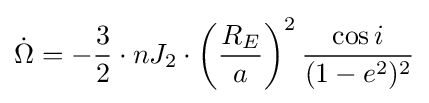
{\dot {\Omega }}=-{\frac {3}{2}}\cdot nJ_{2}\cdot \left({\frac {R_{E}}{a}}\right)^{2}{\frac {\cos {i}}{(1-e^{2})^{2}}}